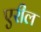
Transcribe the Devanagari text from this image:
एरील